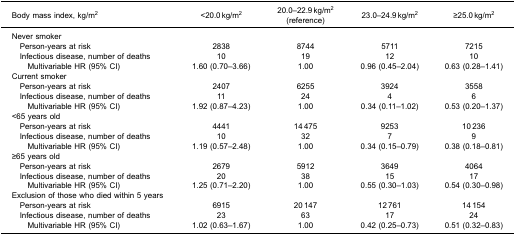
<table><thead><tr><td><b>Body mass index, kg/m<sup>2</sup></b></td><td><b>&lt;20.0 kg/m<sup>2</sup></b></td><td><b>20.0–22.9 kg/m<sup>2</sup>(reference)</b></td><td><b>23.0–24.9 kg/m<sup>2</sup></b></td><td><b>≥25.0 kg/m<sup>2</sup></b></td></tr></thead><tbody><tr><td>Never smoker</td><td> </td><td> </td><td> </td><td> </td></tr><tr><td> Person-years at risk</td><td>2838</td><td>8744</td><td>5711</td><td>7215</td></tr><tr><td> Infectious disease, number of deaths</td><td>10</td><td>19</td><td>12</td><td>10</td></tr><tr><td>Multivariable HR (95% CI)</td><td>1.60 (0.70–3.66)</td><td>1.00</td><td>0.96 (0.45–2.04)</td><td>0.63 (0.28–1.41)</td></tr><tr><td>Current smoker</td><td> </td><td> </td><td> </td><td> </td></tr><tr><td> Person-years at risk</td><td>2407</td><td>6255</td><td>3924</td><td>3558</td></tr><tr><td> Infectious disease, number of deaths</td><td>11</td><td>24</td><td>4</td><td>6</td></tr><tr><td>Multivariable HR (95% CI)</td><td>1.92 (0.87–4.23)</td><td>1.00</td><td>0.34 (0.11–1.02)</td><td>0.53 (0.20–1.37)</td></tr><tr><td>&lt;65 years old</td><td> </td><td> </td><td> </td><td> </td></tr><tr><td> Person-years at risk</td><td>4441</td><td>14 475</td><td>9253</td><td>10 236</td></tr><tr><td> Infectious disease, number of deaths</td><td>10</td><td>32</td><td>7</td><td>9</td></tr><tr><td>Multivariable HR (95% CI)</td><td>1.19 (0.57–2.48)</td><td>1.00</td><td>0.34 (0.15–0.79)</td><td>0.38 (0.18–0.81)</td></tr><tr><td>≥65 years old</td><td> </td><td> </td><td> </td><td> </td></tr><tr><td> Person-years at risk</td><td>2679</td><td>5912</td><td>3649</td><td>4064</td></tr><tr><td> Infectious disease, number of deaths</td><td>20</td><td>38</td><td>15</td><td>17</td></tr><tr><td>Multivariable HR (95% CI)</td><td>1.25 (0.71–2.20)</td><td>1.00</td><td>0.55 (0.30–1.03)</td><td>0.54 (0.30–0.98)</td></tr><tr><td>Exclusion of those who died within 5 years</td><td> </td><td> </td><td> </td><td> </td></tr><tr><td> Person-years at risk</td><td>6915</td><td>20 147</td><td>12 761</td><td>14 154</td></tr><tr><td> Infectious disease, number of deaths</td><td>23</td><td>63</td><td>17</td><td>24</td></tr><tr><td>Multivariable HR (95% CI)</td><td>1.02 (0.63–1.67)</td><td>1.00</td><td>0.42 (0.25–0.73)</td><td>0.51 (0.32–0.83)</td></tr></tbody></table>